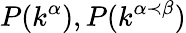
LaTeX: P(k^{\alpha}),P(k^{\alpha\prec\beta})